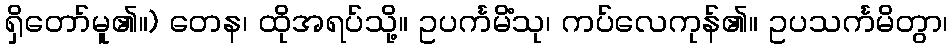
ရှိတော်မူ၏။) တေန၊ ထိုအရပ်သို့။ ဥပင်္ကမိံသု၊ ကပ်လေကုန်၏။ ဥပသင်္ကမိတွာ၊